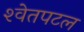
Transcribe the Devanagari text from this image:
श्‍वेतपटल